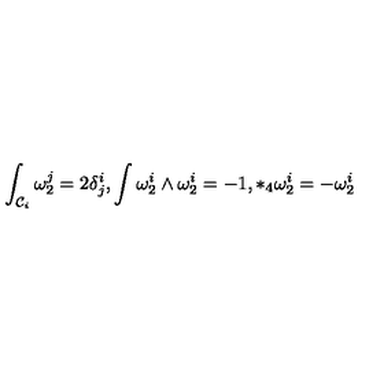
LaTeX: \int _ { { \cal C } _ { i } } \omega _ { 2 } ^ { j } = 2 \delta _ { j } ^ { i } , \int \omega _ { 2 } ^ { i } \wedge \omega _ { 2 } ^ { i } = - 1 , * _ { 4 } \omega _ { 2 } ^ { i } = - \omega _ { 2 } ^ { i }